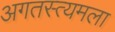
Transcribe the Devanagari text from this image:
अगतस्त्यमला